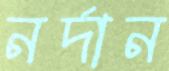
নর্দান